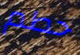
حطم